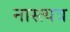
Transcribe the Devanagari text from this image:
नास्त्यत्र